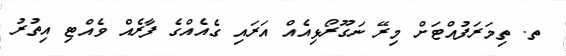
ތ. ތިމަރަފުއްޓަށް މިރޭ ނަގޫރޯޅިއެއް އަރައި ގެއެއްގެ ފާރެއް ވެއްޓި އިތުރު